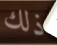
ذلك